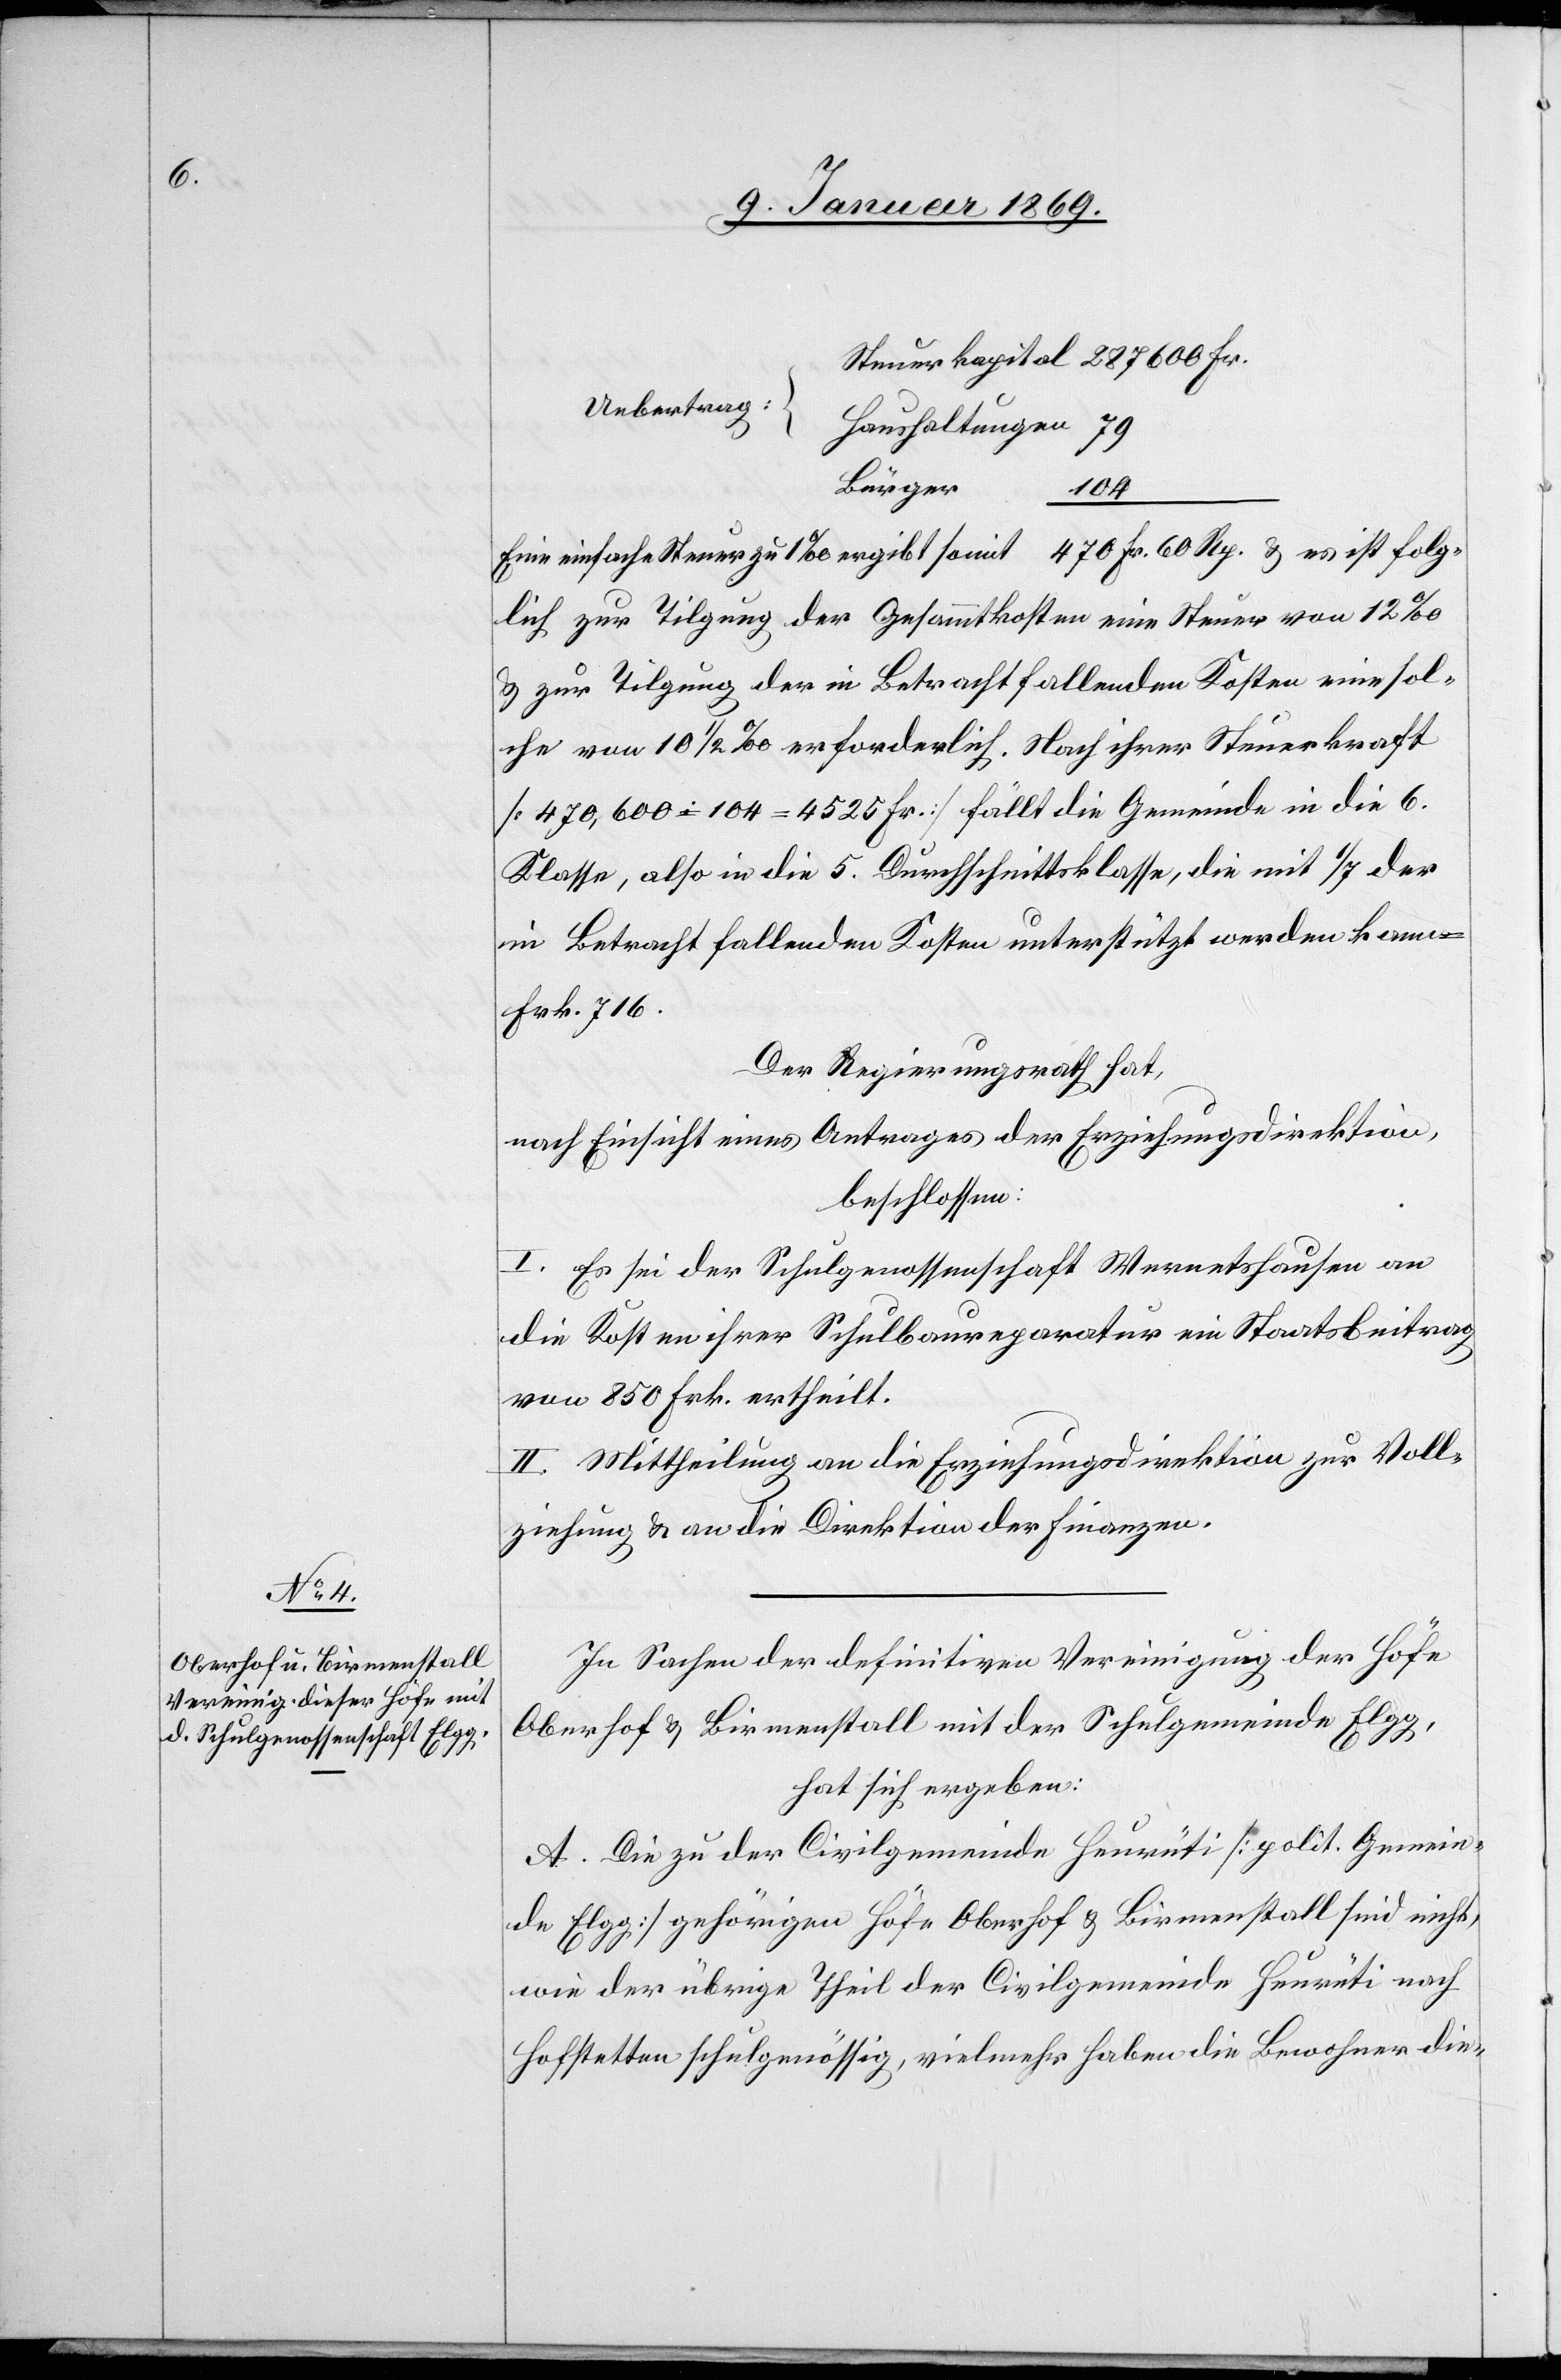
Übertrag:
Haushaltungen
Bürger
Fr.
104
Eine einfache Steuer zu 1‰ ergibt somit 470 Fr. 60 Rp. & es ist folg¬
lich zur Tilgung der Gesammtkosten eine Steuer von 12‰
& zur Tilgung der in Betracht fallenden Kosten eine sol¬
che von 10 1/2 ‰ erforderlich. Nach ihrer Steuerkraft
[470,600 = 104 = 4525 Fr.] fällt die Gemeinde in die 6.
Klasse, also in die 5. Durchschnittsklasse, die mit 1/7 der
inBetracht fallenden Kosten unterstützt werden kann
Frk. 716.
Der Regierungsrath hat,
nach Einsicht eines Antrages der Erziehungsdirektion,
beschloßen:
I. Es sei der Schulgenoßenschaft Wermetshausen an
die Kosten ihrer Schulhausreparatur ein Staatsbeitrag
von 850 Frk. ertheilt.
II. Mittheilung an die Erziehungsdirektion zur Voll¬
ziehung & an die Direktion der Finanzen.
In Sachen der definitiven Vereinigung der Höfe
Oberhof & Birmenstall mit der Schulgemeinde Elgg,
hat sich ergeben:
A. Die zu der Civilgemeinde Heurüti [polit. Gemein¬
de Elgg] gehörigen Höfe Oberhof & Birmenstall sind nicht,
wie der übrige Theil der Civilgemeinde Heurüti nach
Hofstetten schulgenössig, vielmehr haben die Bewohner die-